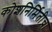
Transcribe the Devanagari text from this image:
कोशनिर्मितीचा